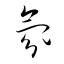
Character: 氛